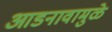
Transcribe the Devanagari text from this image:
आडनावामुळे